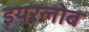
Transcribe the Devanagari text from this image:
इयरलोब